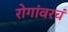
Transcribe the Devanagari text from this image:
रोगांवरचं